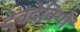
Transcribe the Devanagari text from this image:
देवदेवियों